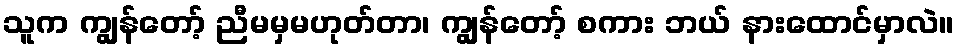
သူက ကျွန်တော့် ညီမမှမဟုတ်တာ၊ ကျွန်တော့် စကား ဘယ် နားထောင်မှာလဲ။